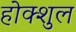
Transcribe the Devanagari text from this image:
होक्शुल